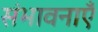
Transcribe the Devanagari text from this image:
संभावनाऍं